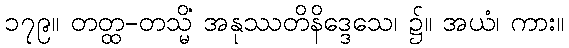
၁၇၉။ တတ္ထ-တသ္မိံ အနုဿတိနိဒ္ဒေသေ၊ ၌။ အယံ၊ ကား။